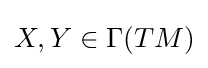
X,Y\in \Gamma (TM)